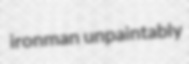
ironman unpaintably